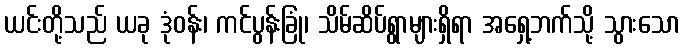
ယင်းတို့သည် ယခု ဒုံဝန်း၊ ကင်ပွန်းခြုံ၊ သိမ်ဆိပ်ရွာများရှိရာ အရှေ့ဘက်သို့ သွားသော